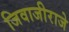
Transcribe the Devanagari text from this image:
जिवाजीराजे